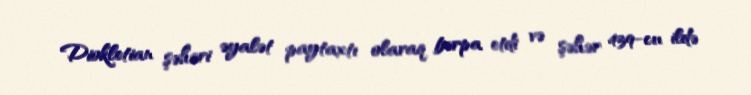
Diokletian şəhəri əyalət paytaxtı olaraq bərpa etdi və şəhər 439-cu ildə